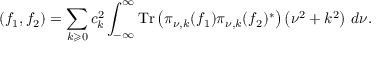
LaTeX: ( f _ { 1 } , f _ { 2 } ) = \sum _ { k \geqslant 0 } c _ { k } ^ { 2 } \int _ { - \infty } ^ { \infty } \operatorname { T r } \left( \pi _ { \nu , k } ( f _ { 1 } ) \pi _ { \nu , k } ( f _ { 2 } ) ^ { * } \right) \left( \nu ^ { 2 } + k ^ { 2 } \right) \, d \nu .